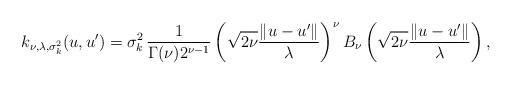
LaTeX: \begin{align*}k_{\nu,\lambda,\sigma_k^2}(u,u') = \sigma_k^2 \, \frac{1}{\Gamma(\nu) 2^{\nu-1}} \left(\sqrt{2\nu} \frac{\|u-u'\|}{\lambda}\right)^\nu B_\nu\left(\sqrt{2\nu} \frac{\|u-u'\|}{\lambda}\right) ,\end{align*}